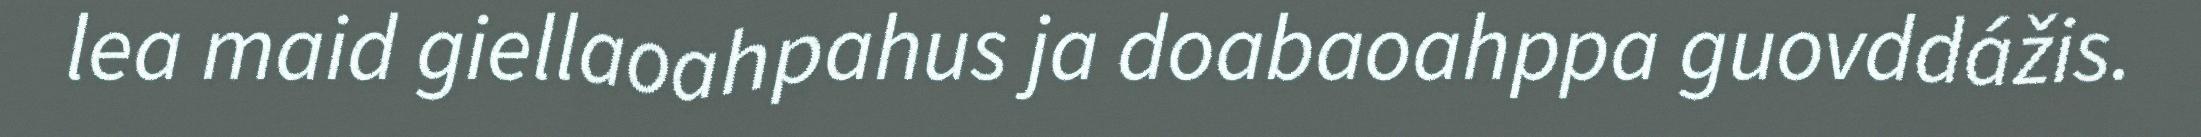
lea maid giellaoahpahus ja doabaoahppa guovddážis.